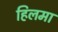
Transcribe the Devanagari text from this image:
हिलमा